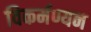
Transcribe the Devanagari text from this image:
विकर्मण्यन